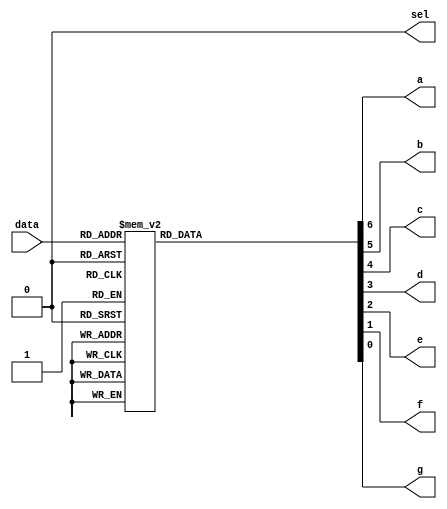
module LED(data,a,b,c,d,e,f,g,sel);
input [3:0]data;
output a,b,c,d,e,f,g,sel;
reg a,b,c,d,e,f,g;
assign sel=1'b0;
always@(data)
begin
case(data)
4'b0000:{a,b,c,d,e,f,g} = 7'b1111110;
4'b0001:{a,b,c,d,e,f,g} = 7'b0110000;
4'b0010:{a,b,c,d,e,f,g} = 7'b1101101;
4'b0011:{a,b,c,d,e,f,g} = 7'b1111001;
4'b0100:{a,b,c,d,e,f,g} = 7'b0110011;
4'b0101:{a,b,c,d,e,f,g} = 7'b1011011;
4'b0110:{a,b,c,d,e,f,g} = 7'b1011111;
4'b0111:{a,b,c,d,e,f,g} = 7'b1110000;
4'b1000:{a,b,c,d,e,f,g} = 7'b1111111;
4'b1001:{a,b,c,d,e,f,g} = 7'b1111011;
4'b1010:{a,b,c,d,e,f,g} = 7'b1110111;
4'b1011:{a,b,c,d,e,f,g} = 7'b0011111;
4'b1100:{a,b,c,d,e,f,g} = 7'b1001110;
4'b1101:{a,b,c,d,e,f,g} = 7'b0111101;
4'b1110:{a,b,c,d,e,f,g} = 7'b1001111;
4'b1111:{a,b,c,d,e,f,g} = 7'b1000111;
default:{a,b,c,d,e,f,g} = 7'bx;
endcase
end
endmodule